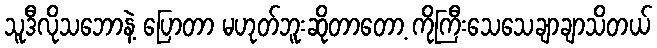
သူဒီလိုသဘောနဲ့ ပြောတာ မဟုတ်ဘူးဆိုတာတော့ ကိုကြီးသေသေချာချာသိတယ်